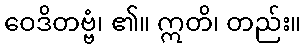
ဝေဒိတဗ္ဗံ၊ ၏။ ဣတိ၊ တည်း။